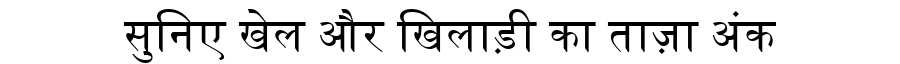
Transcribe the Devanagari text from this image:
सुनिए खेल और खिलाड़ी का ताज़ा अंक